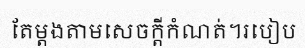
តែម្តងតាមសេចក្តីកំណត់។របៀប